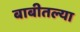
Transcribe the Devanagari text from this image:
बाबीतल्या